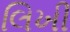
લિખી